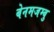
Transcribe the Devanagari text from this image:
बेनमजम्बु